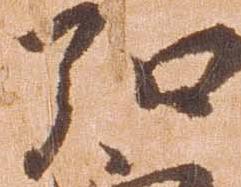
弘